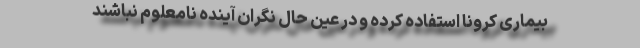
بیماری کرونا استفاده کرده و در عین حال نگران آینده نامعلوم نباشند